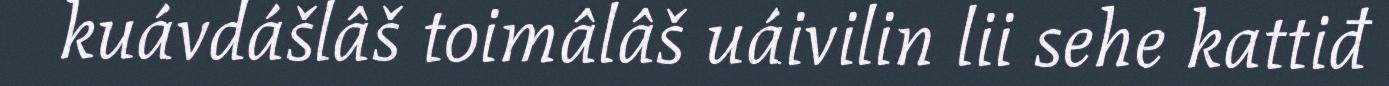
kuávdášlâš toimâlâš uáivilin lii sehe kattiđ